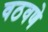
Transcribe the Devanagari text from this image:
वठवणे